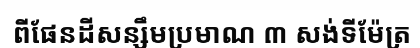
ពីផែនដីសន្សឹមប្រមាណ ៣ សង់ទីម៉ែត្រ